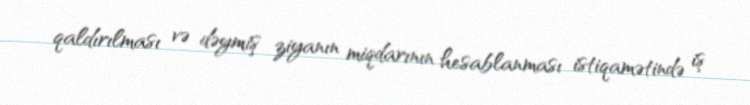
qaldırılması və dəymiş ziyanın miqdarının hesablanması istiqamətində iş